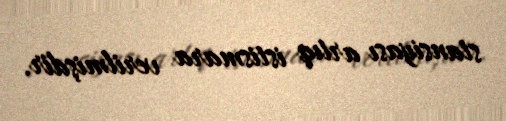
stansiyası artıq istismara verilmişdir.